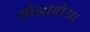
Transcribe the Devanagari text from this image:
बोआबोआ